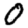
Digit: 0